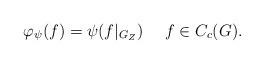
LaTeX: \begin{align*}\varphi_\psi(f)=\psi(f|_{G_Z})\ \ \ \ f\in C_c(G).\end{align*}